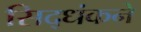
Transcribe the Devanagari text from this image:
सिद्धंकने